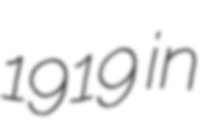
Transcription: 1919 in